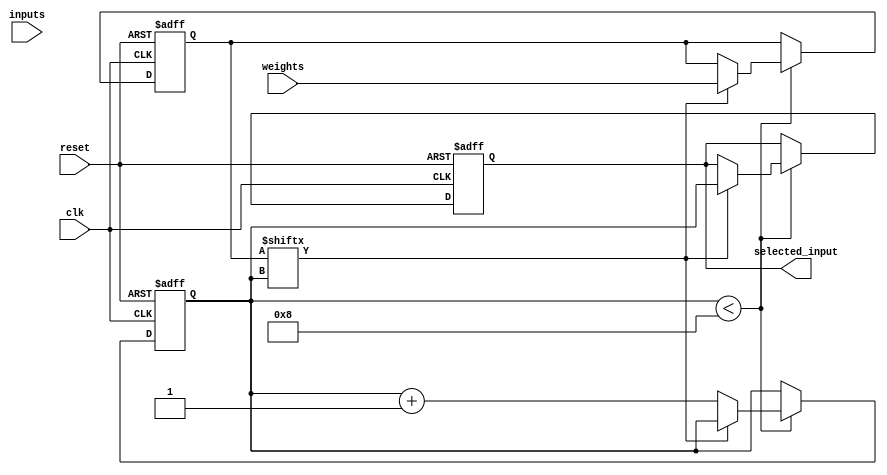
module weighted_arbiter(
    input wire clk,
    input wire reset,
    input wire [7:0] weights,
    input wire [7:0] inputs,
    output wire [2:0] selected_input
);

reg [2:0] selected_input_reg;
reg [7:0] weights_reg;
reg [7:0] inputs_reg;
reg [2:0] priority;

always @(posedge clk or posedge reset) begin
    if (reset == 1'b1) begin
        selected_input_reg <= 3'b0;
        weights_reg <= 8'b0;
        inputs_reg <= 8'b0;
        priority <= 3'b0;
    end else begin
        if (priority < 8) begin
            if (weights_reg[priority] != 8'b0) begin
                selected_input_reg <= priority;
                weights_reg <= weights;
                inputs_reg <= inputs;
            end else begin
                priority <= priority + 3'b1;
            end
        end
    end
end

assign selected_input = selected_input_reg;

endmodule